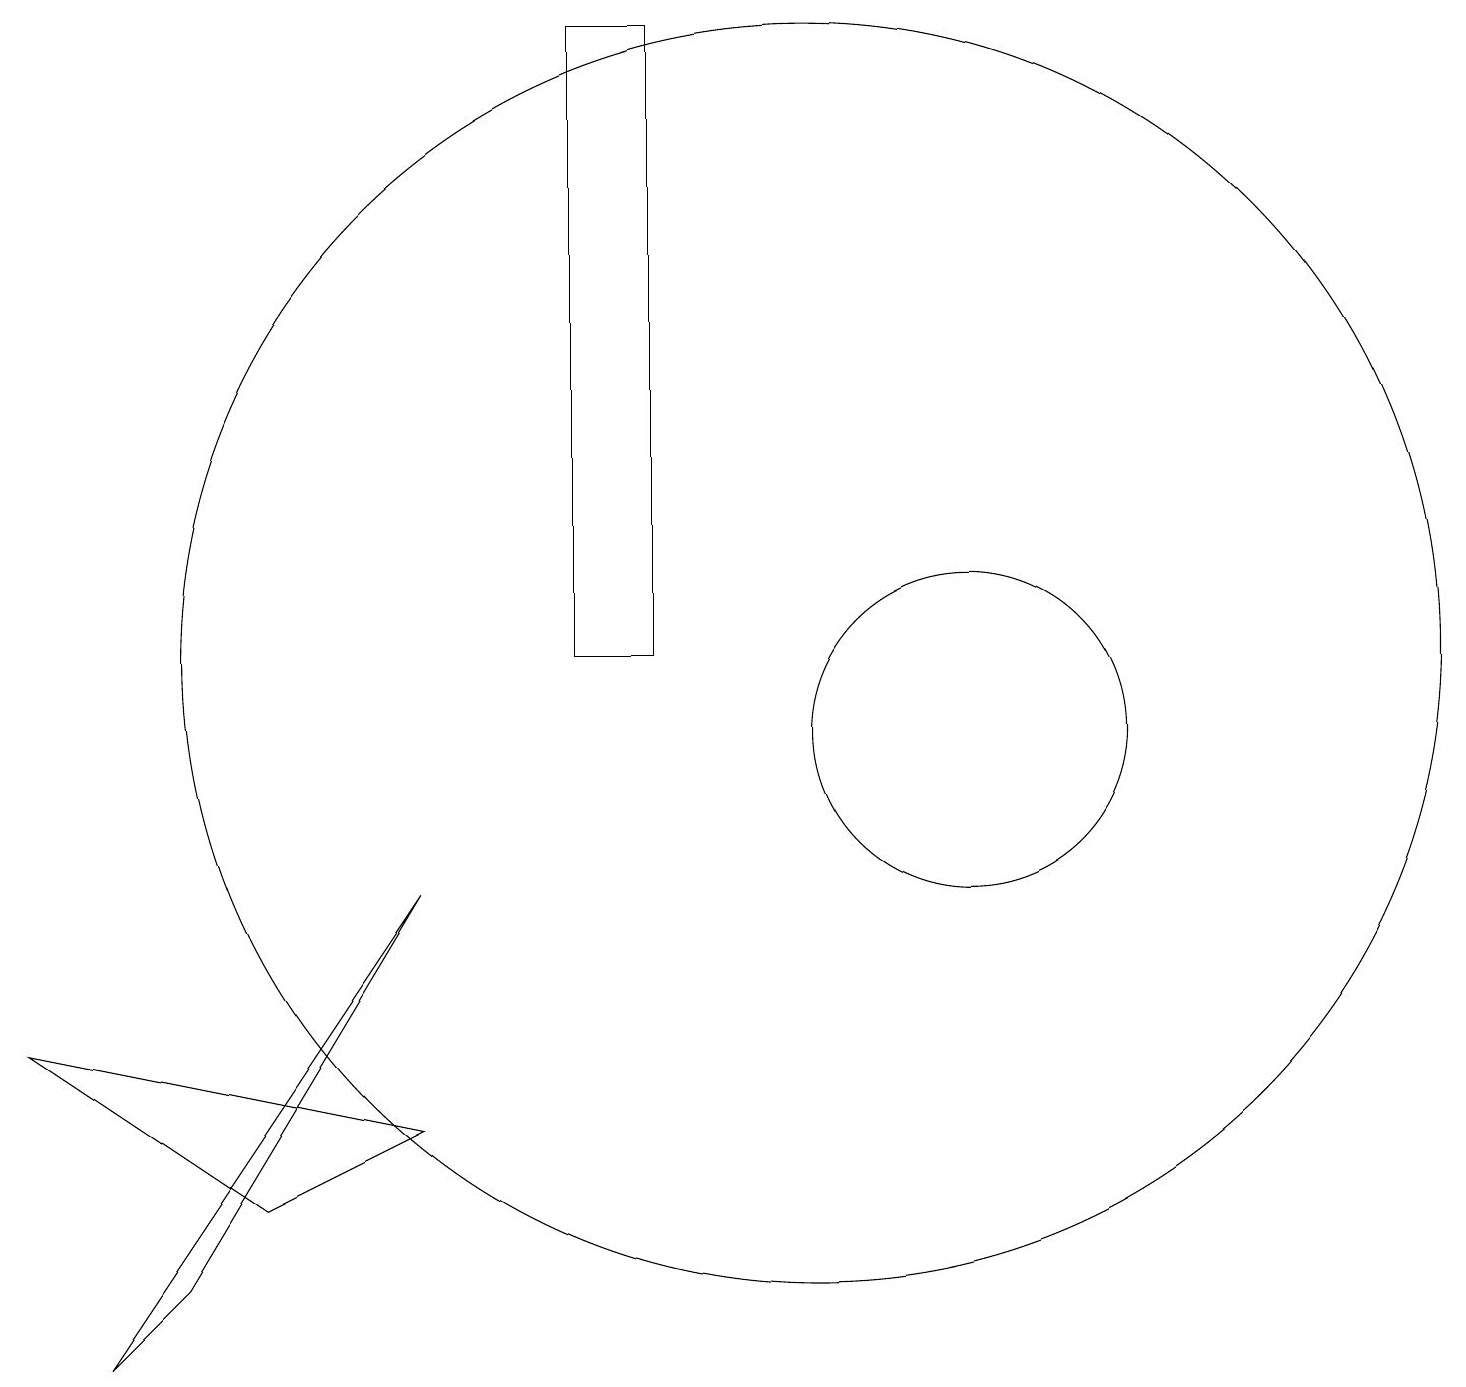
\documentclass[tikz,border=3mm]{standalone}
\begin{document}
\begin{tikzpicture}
\draw (12,10) circle (2);
\draw (10,11) circle (8);
\draw (2,3) -- (1,2) -- (5,8) -- cycle;
\draw (8,11) rectangle (7,19);
\draw (5,5) -- (3,4) -- (0,6) -- cycle;
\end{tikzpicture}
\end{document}